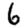
Digit: 6